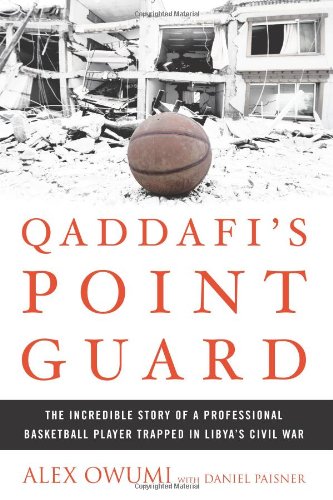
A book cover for Qaddafi's Point Guard: The Incredible Story of a Professional Basketball Player Trapped in Libya's Civil War; Alex Owumi; Biographies & Memoirs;